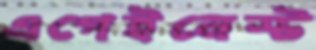
এগেইনেস্ট